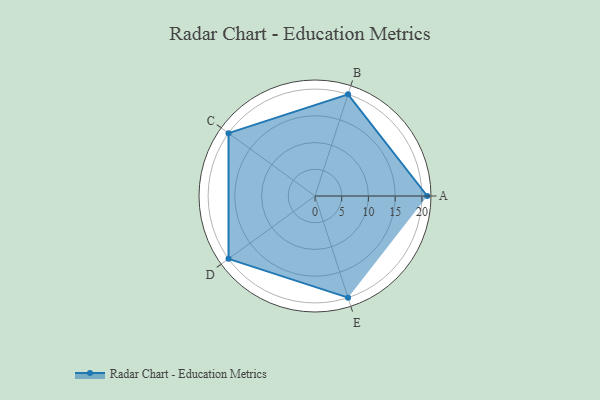
{"axis": {"x": "Skill", "y": "Score"}, "legend": ["Profile"], "data": [{"x": "A", "y": 21.0, "type": "Profile"}, {"x": "B", "y": 20, "type": "Profile"}, {"x": "C", "y": 20, "type": "Profile"}, {"x": "D", "y": 20, "type": "Profile"}, {"x": "E", "y": 20, "type": "Profile"}]}